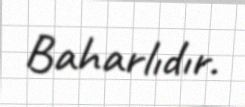
Baharlıdır.